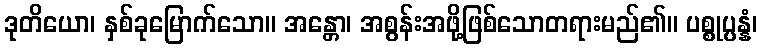
ဒုတိယော၊ နှစ်ခုမြောက်သော။ အန္တော၊ အစွန်းအဖို့ဖြစ်သောတရားမည်၏။ ပစ္စုပ္ပန္နံ၊